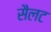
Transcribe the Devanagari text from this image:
सैलट